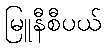
မြူနီစီပယ်